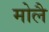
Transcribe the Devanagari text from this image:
मोलै